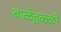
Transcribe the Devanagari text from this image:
बाळेहळ्ळी